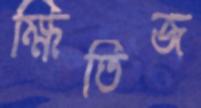
ক্ষিতিজ